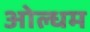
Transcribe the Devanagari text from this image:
ओल्धम